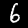
Label: 6